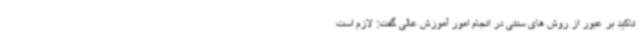
تاکید بر عبور از روش های سنتی در انجام امور آموزش عالی گفت: لازم است